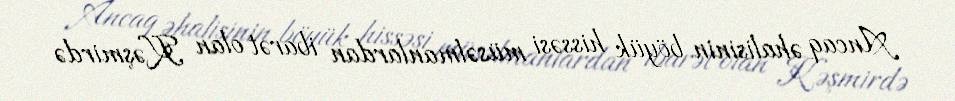
Ancaq əhalisinin böyük hissəsi müsəlmanlardan ibarət olan Kəşmirdə